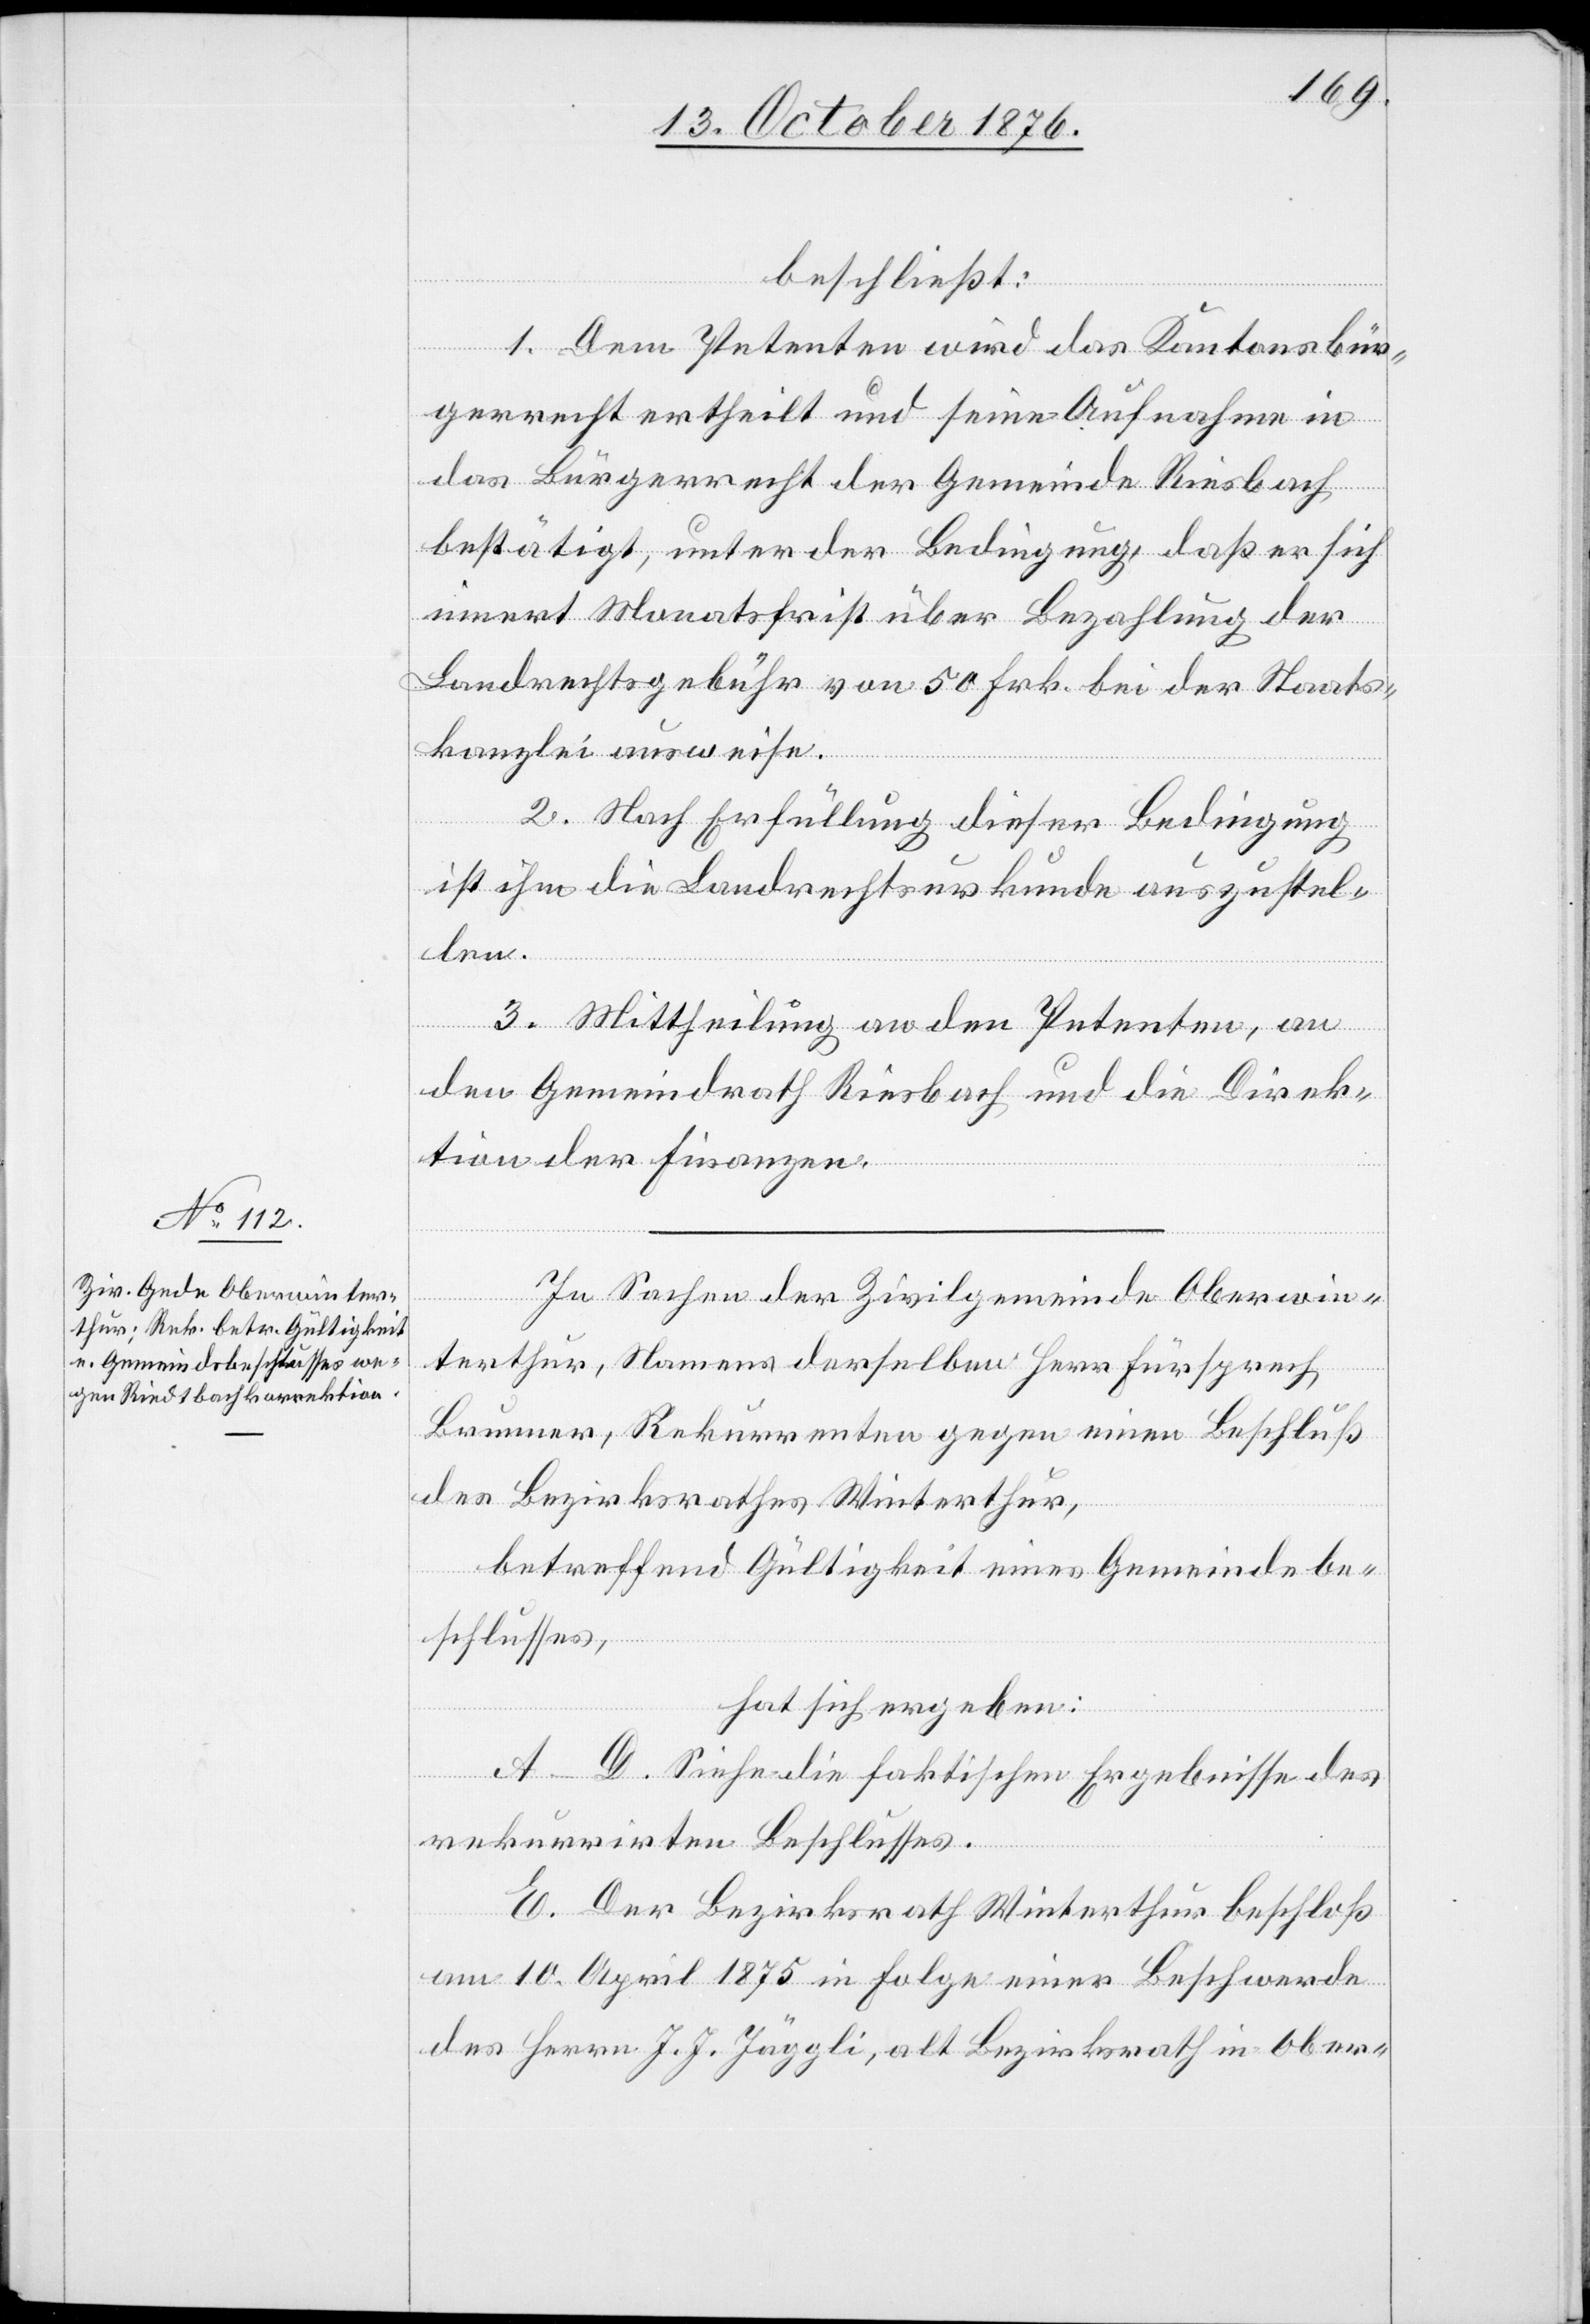
beschließt:
1. Dem Petenten wird das Kantonsbür¬
gerrecht ertheilt und seine Aufnahme in
das Bürgerrecht der Gemeinde Riesbach
bestätigt, unter der Bedingung, daß er sich
innert Monatsfrist über Bezahlung der
Landrechtsgebühr von 50 Frk. bei der Staats¬
kanzlei ausweise.
2. Nach Erfüllung dieser Bedingung
ist ihm die Landrechtsurkunde auszustel¬
len.
3. Mittheilung an den Petenten, an
den Gemeindrath Riesbach und an die Direk¬
tion der Finanzen.
In Sachen der Zivilgemeinde Oberwin¬
terthur, Namens derselben Herr Fürsprech
Brunner, Rekurrenten gegen einen Beschluß
des Bezirksrathes Winterthur,
betreffend Gültigkeit eines Gemeindebe¬
schlusses,
hat sich ergeben:
A–D. Siehe die faktischen Ergebnisse des
rekurrirten Beschlusses.
E. Der Bezirksrath Winterthur beschloß
am 10. April 1875 in Folge einer Beschwerde
des Herrn J. J. Jäggli, alt Bezirksrath in Ober-